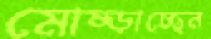
মোষ্‌ড়াচ্ছেন